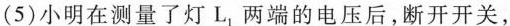
(5)小明在测量了灯L，两端的电压后，断开开关，